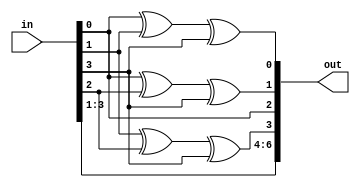
// This program was cloned from: https://github.com/TinyTapeout/tinytapeout-mpw7
// License: Apache License 2.0

module hm_enc( input wire [3:0] in, output wire[6:0] out);
   assign out[0] = in[0] ^ in[1] ^ in[3];
   assign out[1] = in[0] ^ in[2] ^ in[3];
   assign out[2] = in[0];
   assign out[3] = in[1] ^ in[2] ^ in[3];
   assign out[4] = in[1];
   assign out[5] = in[2];
   assign out[6] = in[3];
endmodule // hm_enc

module hm_dec (
               input [6:0]  recv,
               output [3:0] infoword,
               output [2:0] syndrome
               );
   wire [3:0] systematic = {recv[6], recv[5], recv[4], recv[2]};
   assign syndrome = {
                      recv[0] ^ recv[2] ^ recv[4] ^ recv[6], // A
                      recv[1] ^ recv[2] ^ recv[5] ^ recv[6], // B
                      recv[3] ^ recv[4] ^ recv[5] ^ recv[6]  // C
                      };
   assign infoword = (syndrome == 3'b0) ?  systematic :
                     (syndrome == 3'b110 ) ? {recv[6], recv[5], recv[4], ~recv[2]}:
                     (syndrome == 3'b101 ) ? {recv[6], recv[5], ~recv[4], recv[2]}:
                     (syndrome == 3'b011 ) ? {recv[6], ~recv[5], recv[4], recv[2]}:
                     (syndrome == 3'b111 ) ? {~recv[6], recv[5], recv[4], recv[2]}:
                     systematic; // yeah, best we'll do.
endmodule


module user_module_hamming74
  (
   input wire [7:0]  io_in,
   output wire [7:0] io_out
   );
   wire [6:0]        encoded;
   wire [3:0]        decoded;
   wire [2:0]        syndrome;

   wire [3:0]        info = io_in[3:0];
   wire [6:0]        codeword = io_in[6:0];
   wire              enc_dec = io_in[7];

   hm_enc encoder (.in(info), .out(encoded));
   hm_dec decoder (.recv(codeword), .infoword(decoded), .syndrome(syndrome));

   assign io_out[6:0] = enc_dec ? encoded : {syndrome , decoded};

endmodule // user_module_hm